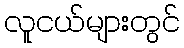
လူငယ်များတွင်